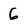
Character: 6